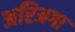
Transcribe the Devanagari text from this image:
अरिअगा